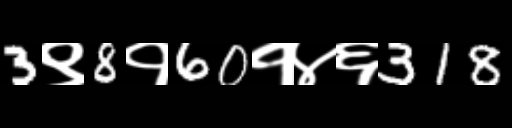
Text: 3९8१60१४६318